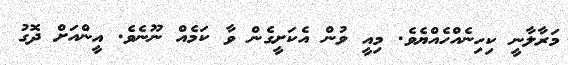
މަރާލާނީ ކިހިނެއްހެއްޔެވެ. މިއީ ވުން އެކަށީގެން ވާ ކަމެއް ނޫނެވެ. އީންއަށް ދޮގު